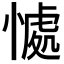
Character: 𭞚